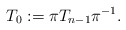
\begin{gather*}T_0:= \pi T_{n-1} \pi^{-1} .\end{gather*}